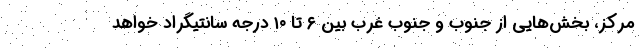
مرکز، بخش‌هایی از جنوب و جنوب غرب بین ۶ تا ۱۰ درجه سانتیگراد خواهد